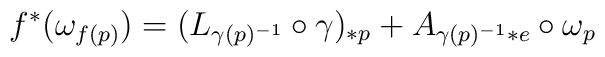
f^*(\omega _{f(p)}) = (L_{\gamma (p)^{-1}}\circ \gamma)_{*p} + A_{\gamma (p)^{-1}*e}\circ  \omega _p